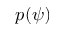
p ( \psi )